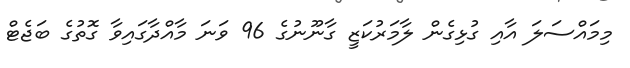
މިމައްސަލަ އާއި ގުޅިގެން ލާމަރުކަޒީ ގާނޫނުގެ 96 ވަނަ މާއްދާގައިވާ ގޮތުގެ ބަޖެޓް